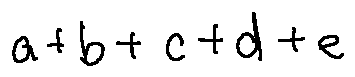
a + b + c + d + e